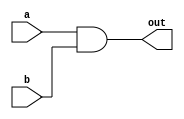
module my_and_1 (out,a,b);
input a,b;
output out;
and u0 (out,a,b);
endmodule